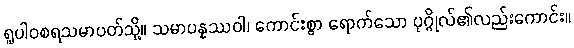
ရူပါဝစရသမာပတ်သို့။ သမာပန္နဿဝါ၊ ကောင်းစွာ ရောက်သော ပုဂ္ဂိုလ်၏လည်းကောင်း။